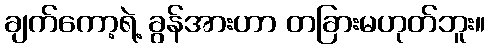
ချက်ကော့ရဲ့ ခွန်အားဟာ တခြားမဟုတ်ဘူး။